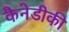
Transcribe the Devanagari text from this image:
कैनेडीकी